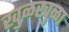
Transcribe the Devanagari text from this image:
खुळखुळा